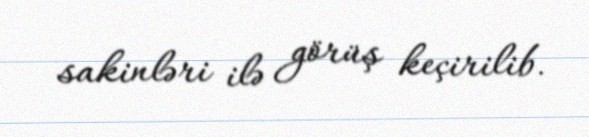
sakinləri ilə görüş keçirilib.